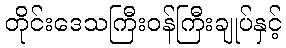
တိုင်းဒေသကြီးဝန်ကြီးချုပ်နှင့်